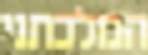
המלכתני